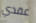
عقدي